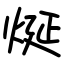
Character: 烻